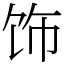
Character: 饰